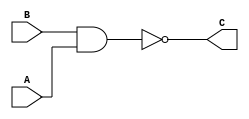
`timescale 1ns / 1ps
//////////////////////////////////////////////////////////////////////////////////
// Description: behavior of nandGATE

//////////////////////////////////////////////////////////////////////////////////


module NAND_GATE(
    input A,
    input B,
    output C
    );
    nand(C, B, A);
endmodule